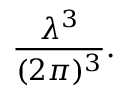
{ \frac { \lambda ^ { 3 } } { ( 2 \pi ) ^ { 3 } } } .